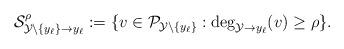
LaTeX: \begin{align*}\mathcal S^{\rho}_{\mathcal Y\setminus \{y_\ell\}\to y_\ell}:=\{v\in \mathcal P_{ \mathcal Y \setminus \{y_{\ell}\}}: \deg_{\mathcal Y \to y_{\ell}}(v)\ge \rho \}.\end{align*}